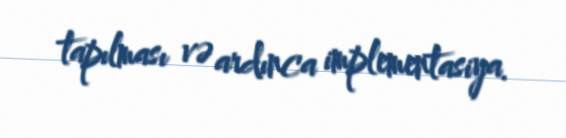
tapılması və ardınca implementasiya.